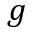
g